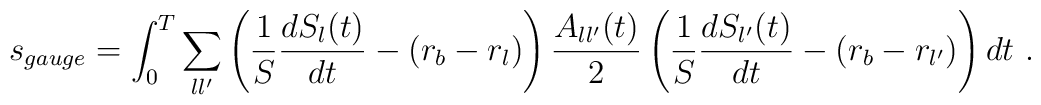
s_{gauge} = \int_0^T\sum_{ll'}\left(\frac1S \frac{dS_l(t)}{dt} - (r_b - r_l)\right)\frac{A_{ll'}(t)}{2}\left(\frac1S \frac{dS_{l'}(t)}{dt} - (r_b - r_{l'})\right)dt\ .